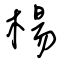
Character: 楊